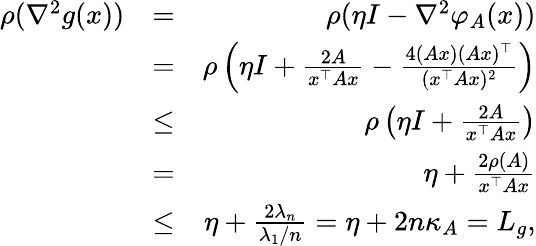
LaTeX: \begin{array}{rlr}{\rho(\nabla^{2}g(x))}&{=}&{\rho(\eta I-\nabla^{2}\varphi_{A}(x))}\\ &{=}&{\rho\left(\eta I+\frac{2A}{x^{\top}Ax}-\frac{4(Ax)(Ax)^{\top}}{(x^{\top}Ax)^{2}}\right)}\\ &{\leq}&{\rho\left(\eta I+\frac{2A}{x^{\top}Ax}\right)}\\ &{=}&{\eta+\frac{2\rho(A)}{x^{\top}Ax}}\\ &{\leq}&{\eta+\frac{2\lambda_{n}}{\lambda_{1}/n}=\eta+2n\kappa_{A}=L_{g},}\end{array}